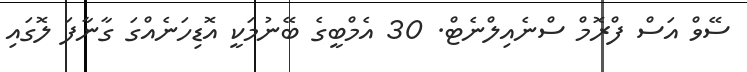
ސޭވް އަސް ފްރޮމް ސްނެއިލްނެޓް. 30 އެމްބީގެ ބޭނުމަކީ އޮޑިހަނެއްގަ ގާނާފަ ލޮގައި